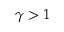
\gamma > 1